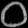
Digit: ၀